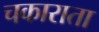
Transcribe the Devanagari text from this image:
चकाराता